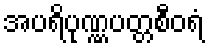
အပရိပုဏ္ဏပတ္တစီဝရံ